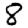
Digit: 8